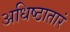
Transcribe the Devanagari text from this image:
अधिष्ठातारं